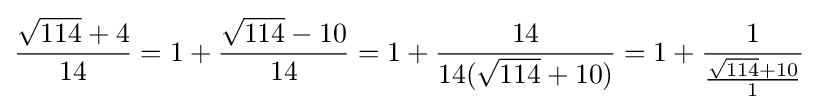
{\frac {{\sqrt {114}}+4}{14}}=1+{\frac {{\sqrt {114}}-10}{14}}=1+{\frac {14}{14({\sqrt {114}}+10)}}=1+{\frac {1}{\frac {{\sqrt {114}}+10}{1}}}